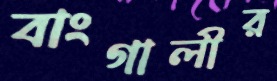
বাংগালীর